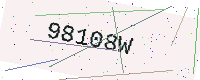
Text: 98108W